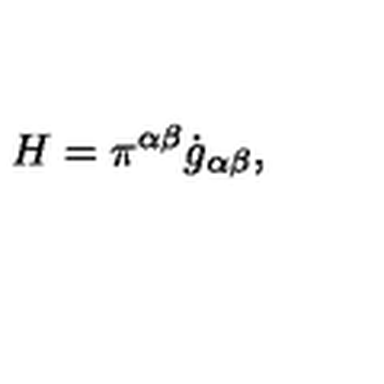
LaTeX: H = \pi ^ { \alpha \beta } \dot { g } _ { \alpha \beta } ,